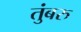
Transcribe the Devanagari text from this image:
तुंबरु